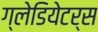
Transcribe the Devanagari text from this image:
ग्लेडियेटर्स